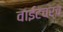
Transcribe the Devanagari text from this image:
वाईटचर्च